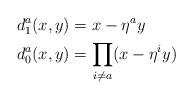
LaTeX: \begin{align*} d^a_1(x,y) &= x-\eta^a y \\ d^a_0(x,y) &= \prod_{i\neq a}(x - \eta^i y)\end{align*}